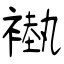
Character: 褹